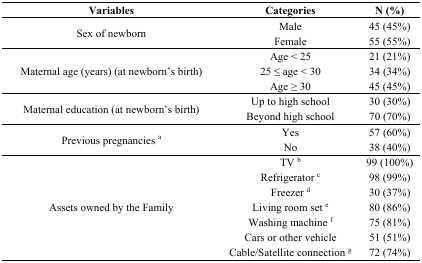
<table><thead><tr><td><b>Variables</b></td><td><b>Categories</b></td><td><b>N (%)</b></td></tr></thead><tbody><tr><td rowspan="2">Sex of newborn </td><td>Male</td><td>45 (45%)</td></tr><tr><td>Female</td><td>55 (55%)</td></tr><tr><td rowspan="3">Maternal age (years) (at newborn’s birth)</td><td>Age &lt; 25</td><td>21 (21%)</td></tr><tr><td>25 ≤ age &lt; 30</td><td>34 (34%)</td></tr><tr><td>Age ≥ 30</td><td>45 (45%)</td></tr><tr><td rowspan="2">Maternal education (at newborn’s birth)</td><td>Up to high school</td><td>30 (30%)</td></tr><tr><td>Beyond high school</td><td>70 (70%)</td></tr><tr><td rowspan="2">Previous pregnancies <sup>a</sup></td><td>Yes</td><td>57 (60%)</td></tr><tr><td>No</td><td>38 (40%)</td></tr><tr><td rowspan="7">Assets owned by the Family</td><td>TV <sup>b</sup></td><td>99 (100%)</td></tr><tr><td>Refrigerator <sup>c</sup></td><td>98 (99%)</td></tr><tr><td>Freezer <sup>d</sup></td><td>30 (37%)</td></tr><tr><td>Living room set <sup>e</sup></td><td>80 (86%)</td></tr><tr><td>Washing machine <sup>f</sup></td><td>75 (81%)</td></tr><tr><td>Cars or other vehicle</td><td>51 (51%)</td></tr><tr><td>Cable/Satellite connection <sup>g</sup></td><td>72 (74%)</td></tr></tbody></table>